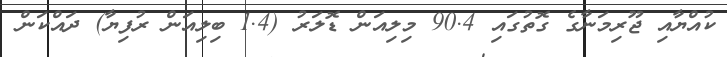
ކުއްޔާއި ޖޫރިމަނާގެ ގޮތުގައި 90.4 މިލިއަން ޑޮލަރު (1.4 ބިލިއަން ރުފިޔާ) ދައްކަން